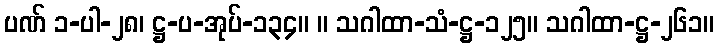
ပဏ် ၁-ပါ-၂၈၊ ဋ္ဌ-ပ-အုပ်-၁၃၄။ ။ သဂါထာ-သံ-ဋ္ဌ-၁၂၅။ သဂါထာ-ဋ္ဌ-၂၆၁။